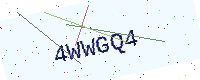
Text: 4WWGQ4